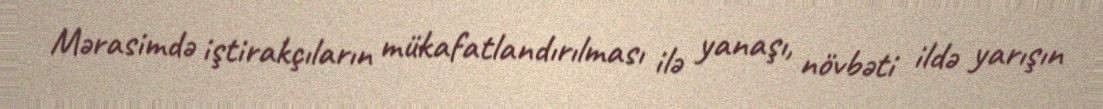
Mərasimdə iştirakçıların mükafatlandırılması ilə yanaşı, növbəti ildə yarışın